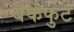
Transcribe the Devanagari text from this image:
बैकफुट